Annual report on the Civil Veterinary Department, Burma (including the Insein Veterinary School) - 1932-1941
Year: 1932
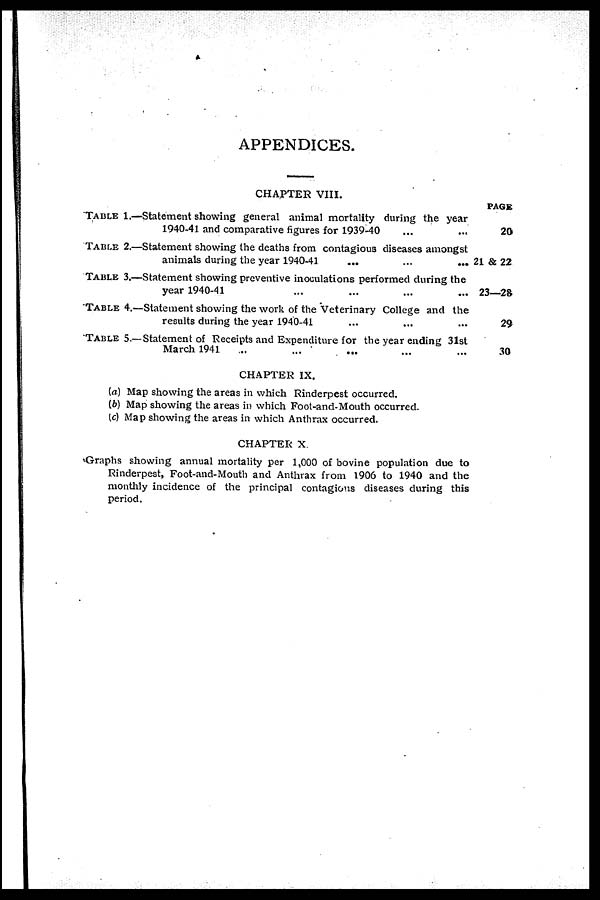
APPENDICES.
CHAPTER VIII.
TABLE 1.—
TABLE 2.—
TABLE 3.—
TABLE 4.—
TABLE 5.—
Statement showing general animal mortality during the year
1940-41 and comparative figures for 1939-40 ... ...
Statement showing the deaths from contagious diseases amongst
animals during the year 1940-41 ... ... ...
Statement showing preventive inoculations performed during the
year 1940-41 ... ... ... ...
Statement showing the work of the Veterinary College and the
results during the year 1940-41 ... ... ...
Statement of Receipts and Expenditure for the year ending 31st
March 1941 ... ... ... ... ...
PAGE
20
21 & 22
23—28
29
30
CHAPTER IX.
(a) Map showing the areas in which Rinderpest occurred.
(b) Map showing the areas in which Foot-and-Mouth occurred.
(c) Map showing the areas in which Anthrax occurred.
CHAPTER X.
Graphs showing annual mortality per 1,000 of bovine population due to
Rinderpest, Foot-and-Mouth and Anthrax from 1906 to 1940 and the
monthly incidence of the principal contagious diseases during this
period.